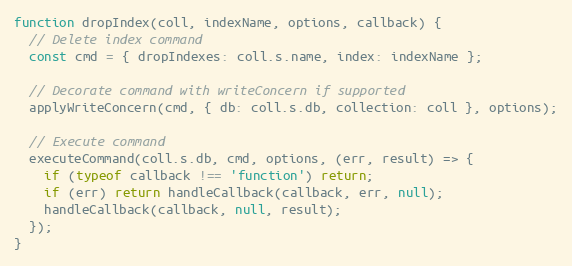
Language: JavaScript
function dropIndex(coll, indexName, options, callback) {
  // Delete index command
  const cmd = { dropIndexes: coll.s.name, index: indexName };

  // Decorate command with writeConcern if supported
  applyWriteConcern(cmd, { db: coll.s.db, collection: coll }, options);

  // Execute command
  executeCommand(coll.s.db, cmd, options, (err, result) => {
    if (typeof callback !== 'function') return;
    if (err) return handleCallback(callback, err, null);
    handleCallback(callback, null, result);
  });
}